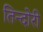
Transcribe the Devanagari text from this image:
तिन्दोरी